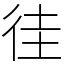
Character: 徍